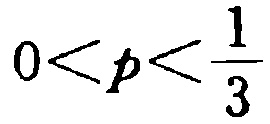
\(0<p<\frac{1}{3}\)